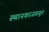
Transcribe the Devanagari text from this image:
स्थानकाजवळून